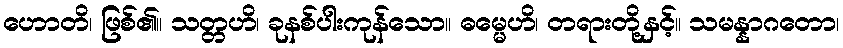
ဟောတိ၊ ဖြစ်၏။ သတ္တဟိ၊ ခုနစ်ပါးကုန်သော။ ဓမ္မေဟိ၊ တရားတို့နှင့်။ သမန္နာဂတော၊